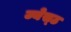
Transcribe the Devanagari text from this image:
ज्येस्ठ